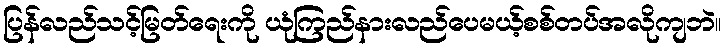
ပြန်လည်သင့်မြတ်ရေးကို ယုံကြည်နားလည်ပေမယ့်စစ်တပ်အလိုကျဘဲ။